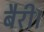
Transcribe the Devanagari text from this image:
बैरी।